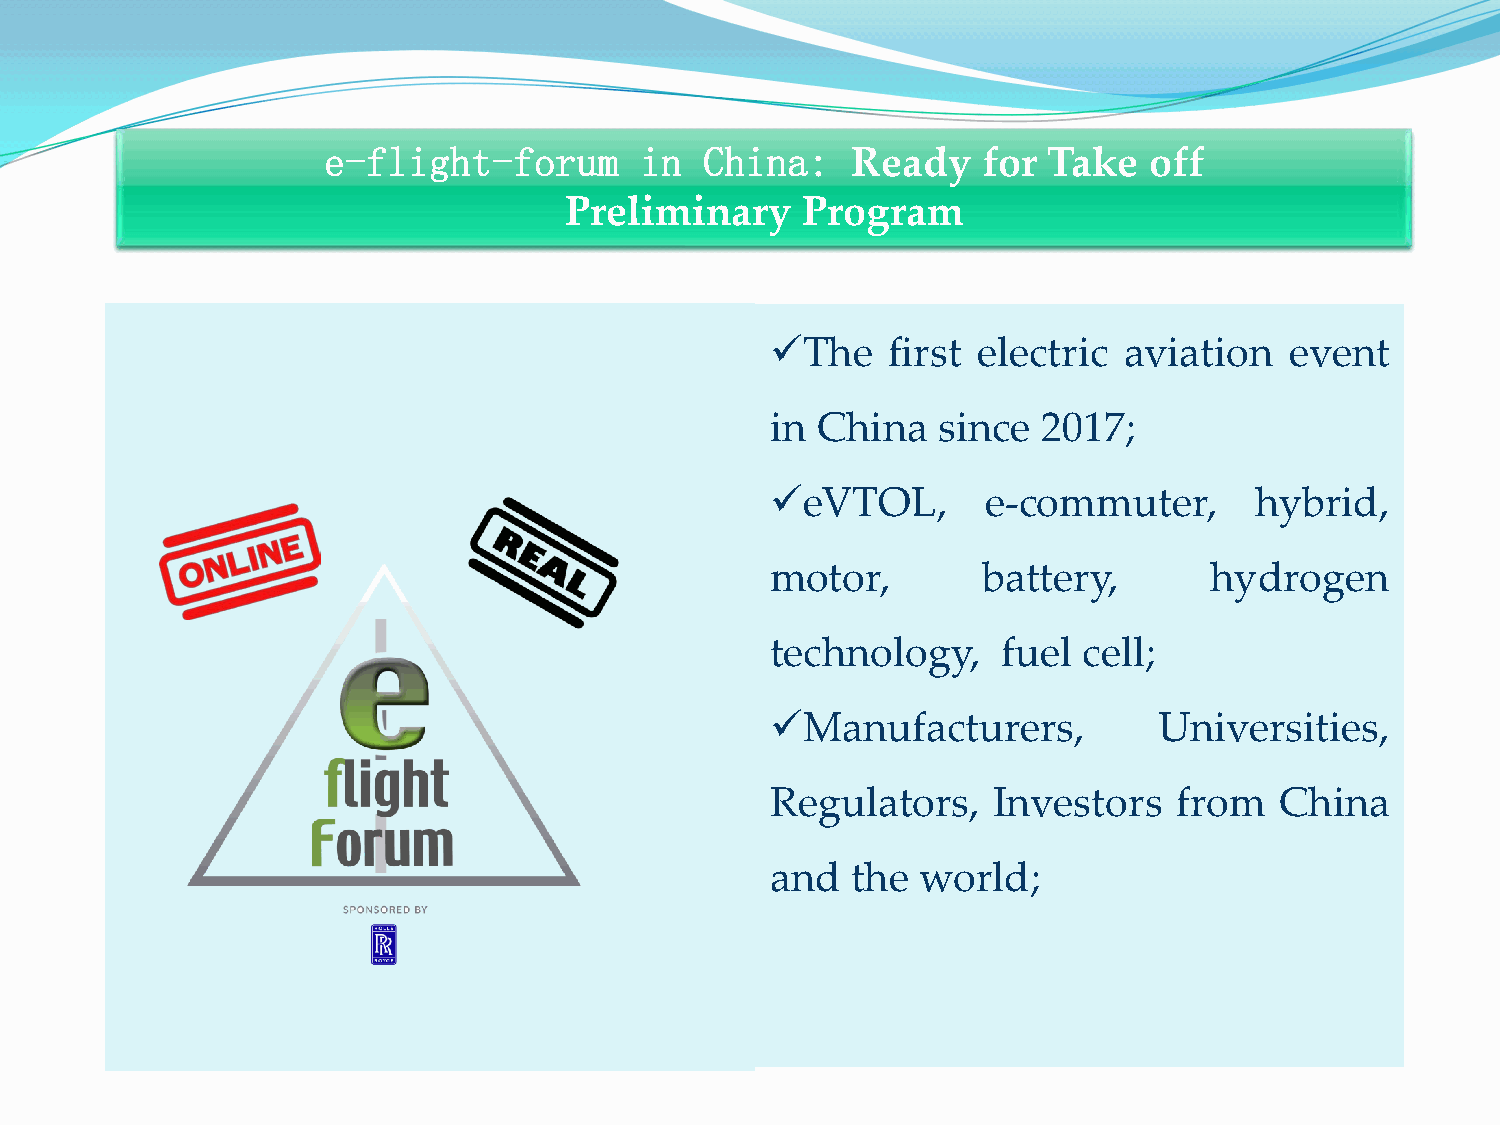
e-flight-forum       in   China:
 Ready    for Take   off
 Preliminary     Program
 The    first electric aviation   event
 in China   since  2017;
 eVTOL,       e-commuter,       hybrid,
 motor,        battery,       hydrogen
 technology,    fuel  cell;
 Manufacturers,           Universities,
 Regulators,    Investors   from   China
 and  the  world;